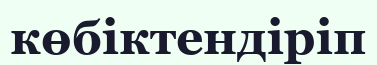
көбіктендіріп